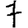
Digit: 7